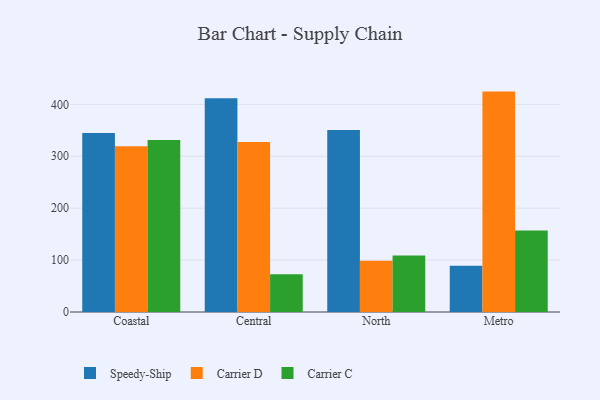
{"axis": {"x": "Region", "y": "Shipments"}, "legend": ["Carrier C", "Carrier D", "Speedy-Ship"], "data": [{"x": "Coastal", "y": 344.8, "type": "Speedy-Ship"}, {"x": "Coastal", "y": 319.5, "type": "Carrier D"}, {"x": "Coastal", "y": 331.2, "type": "Carrier C"}, {"x": "Central", "y": 411.8, "type": "Speedy-Ship"}, {"x": "Central", "y": 327.5, "type": "Carrier D"}, {"x": "Central", "y": 72.8, "type": "Carrier C"}, {"x": "North", "y": 350.5, "type": "Speedy-Ship"}, {"x": "North", "y": 98.6, "type": "Carrier D"}, {"x": "North", "y": 108.9, "type": "Carrier C"}, {"x": "Metro", "y": 89.2, "type": "Speedy-Ship"}, {"x": "Metro", "y": 424.6, "type": "Carrier D"}, {"x": "Metro", "y": 156.9, "type": "Carrier C"}]}